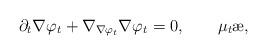
LaTeX: \begin{align*}\partial_t\nabla\varphi_t+\nabla_{\nabla\varphi_t}\nabla\varphi_t=0,\qquad\mu_t\ae,\end{align*}